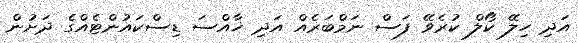
އަދި ހިލޭ ކޯލް ކުރެވޭ ފަސް ނަމްބަރެއް އަދި ޚާއްސަ ޑިސްކައުންޓެއްގެ ދަށުން